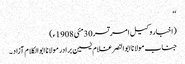
‘‘
(اخبار وکیل امرتسر30مئی 1908ء)
جناب مولانا ابوالنصر غلام یٰسین برادر مولانا ابوالکلام آزاد۔